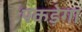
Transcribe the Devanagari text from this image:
पकड़ेगा